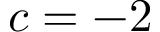
c = - 2